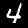
Label: 4